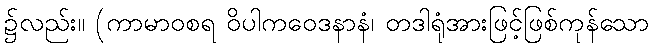
၌လည်း။ (ကာမာဝစရ ဝိပါကဝေဒနာနံ၊ တဒါရုံအားဖြင့်ဖြစ်ကုန်သော